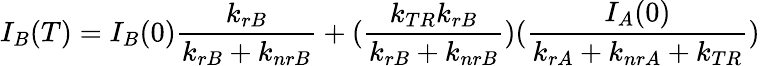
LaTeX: I_{B}(T)=I_{B}(0)\frac{k_{rB}}{k_{rB}+k_{nrB}}+(\frac{k_{TR}k_{rB}}{k_{rB}+k_{nrB}})(\frac{I_{A}(0)}{k_{rA}+k_{nrA}+k_{TR}})